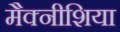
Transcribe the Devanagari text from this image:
मैक्नीशिया